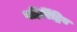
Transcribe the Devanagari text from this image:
बहिरिंद्रिय